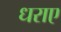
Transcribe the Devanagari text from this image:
धराए